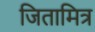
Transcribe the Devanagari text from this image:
जितामित्र